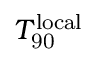
\ensuremath { T _ { \mathrm { 9 0 } } } ^ { \mathrm { l o c a l } }